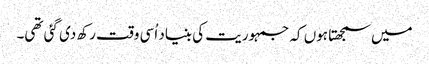
میں سمجھتا ہوں کہ جمہوریت کی بنیاد اُسی وقت رکھ دی گئی تھی۔